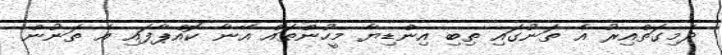
ދެމިގަތްއިރު އެ ތަނުގައި ތިބި އިންޑިޔާ މީހުންތައް އޭނާ ކޮއްޕާފައި އެ ތަނުން